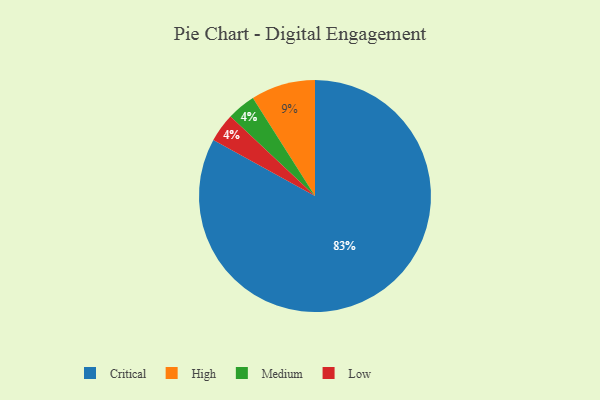
{"axis": {"x": "Category", "y": "Percentage"}, "legend": ["Critical", "High", "Low", "Medium"], "data": [{"x": "Medium", "y": 4, "type": "Medium"}, {"x": "High", "y": 9, "type": "High"}, {"x": "Critical", "y": 83, "type": "Critical"}, {"x": "Low", "y": 4, "type": "Low"}]}